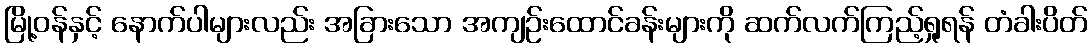
မြို့ဝန်နှင့် နောက်ပါများလည်း အခြားသော အကျဉ်းထောင်ခန်းများကို ဆက်လက်ကြည့်ရှုရန် တံခါးပိတ်